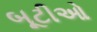
બૂટીઓ